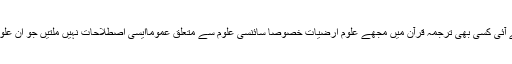
مطالعہ سے یہ بات سامنے آئی کسی بھی ترجمہ قرآن میں مجھے علومِ ارضیات خصوصاً سائنسی علوم سے متعلق عموماًایسی اصطلاحات نہیں ملتیں جو ان علوم وفنون کی نشاندہی کریں۔